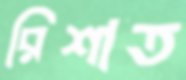
রিশাত